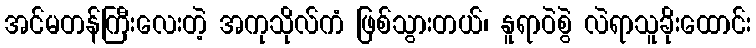
အင်မတန်ကြီးလေးတဲ့ အကုသိုလ်ကံ ဖြစ်သွားတယ်၊ နူရာဝဲစွဲ လဲရာသူခိုးထောင်း